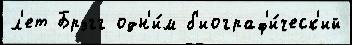
л'ет Брэгг одн'и́м б'иограф'и́ческ'ий